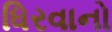
ધિરવાનો